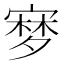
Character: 𡪎